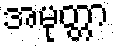
အမုတ္တာ